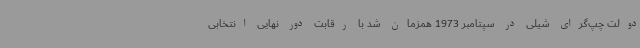
دولت چپ‌گرای شیلی در سپتامبر 1973 همزمان شد با رقابت دور نهایی انتخابی